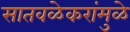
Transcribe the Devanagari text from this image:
सातवळेकरांमुळे